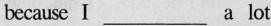
because Ⅰ___a lot